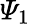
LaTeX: \varPsi_{1}